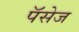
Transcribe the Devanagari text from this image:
पॅसेज